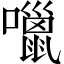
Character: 𡂏